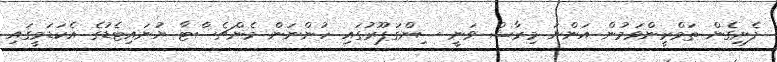
ފެށިގެން ތަމްރީންވަމުން އަންނަ މިރާޝް ވަނީ ސިންގަޕޫރުގައި ހުންނަން މެންޗެސްޓާ ޔުނައިޓެޑުގެ އެކަޑަމީގައި